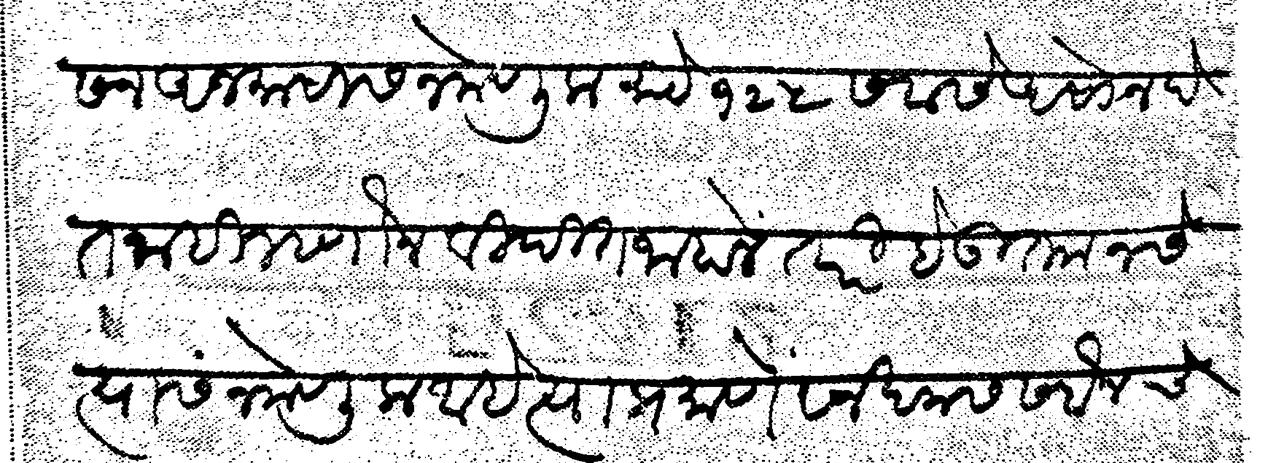
Transliteration (Devanagari): वर्षासन अजमासास नेमणूक रुये १२५ सवासे असोन देत नाही म्हणोन विदित जाहाले तरी हे उतम नसे त्यास नेमणूक आहे त्या प्रमाणे सन खमस सबैन